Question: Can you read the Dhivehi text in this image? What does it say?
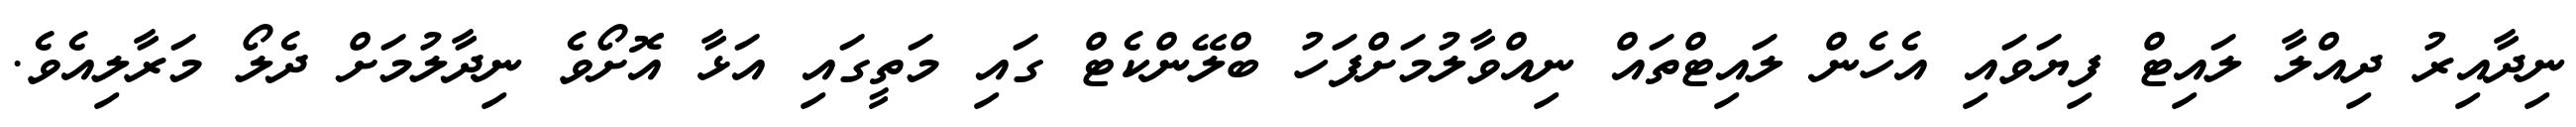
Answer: ނިދާއިރު ދިއްލާ ލައިޓް ފިޔަވައި އެހެން ލައިޓްތައް ނިއްވާލުމަށްފަހު ބްލޭންކެޓް ގައި މަތީގައި އަޅާ އޮށޯވެ ނިދާލުމަށް ދެލޯ މަރާލިއެވެ.